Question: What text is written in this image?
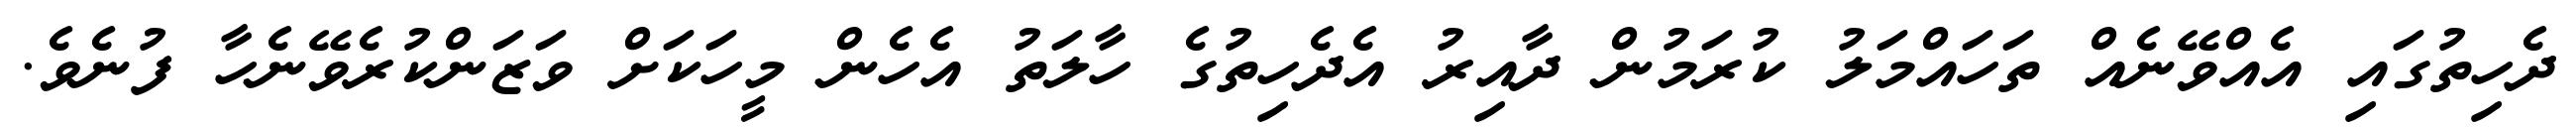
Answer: ދެހިތުގައި އެއްވޭނެއް ތަހައްމަލު ކުރަމުން ދާއިރު އެދެހިތުގެ ހާލަތު އެހެން މީހަކަށް ވަޒަންކުރެވޭނެހާ ފުނެވެ.